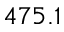
4 7 5 . 1